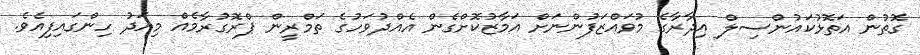
ގޮތުން އަތޮޅުކައުންސިލް އިދާރާގެ މުވައްޒަފުންނަށް އަމާޒުކޮށްގެން އެއްދުވަހުގެ ތަމްރީން ޕްރޮގުރާމެއް މިއަދު ހިންގައިފިއެވެ.